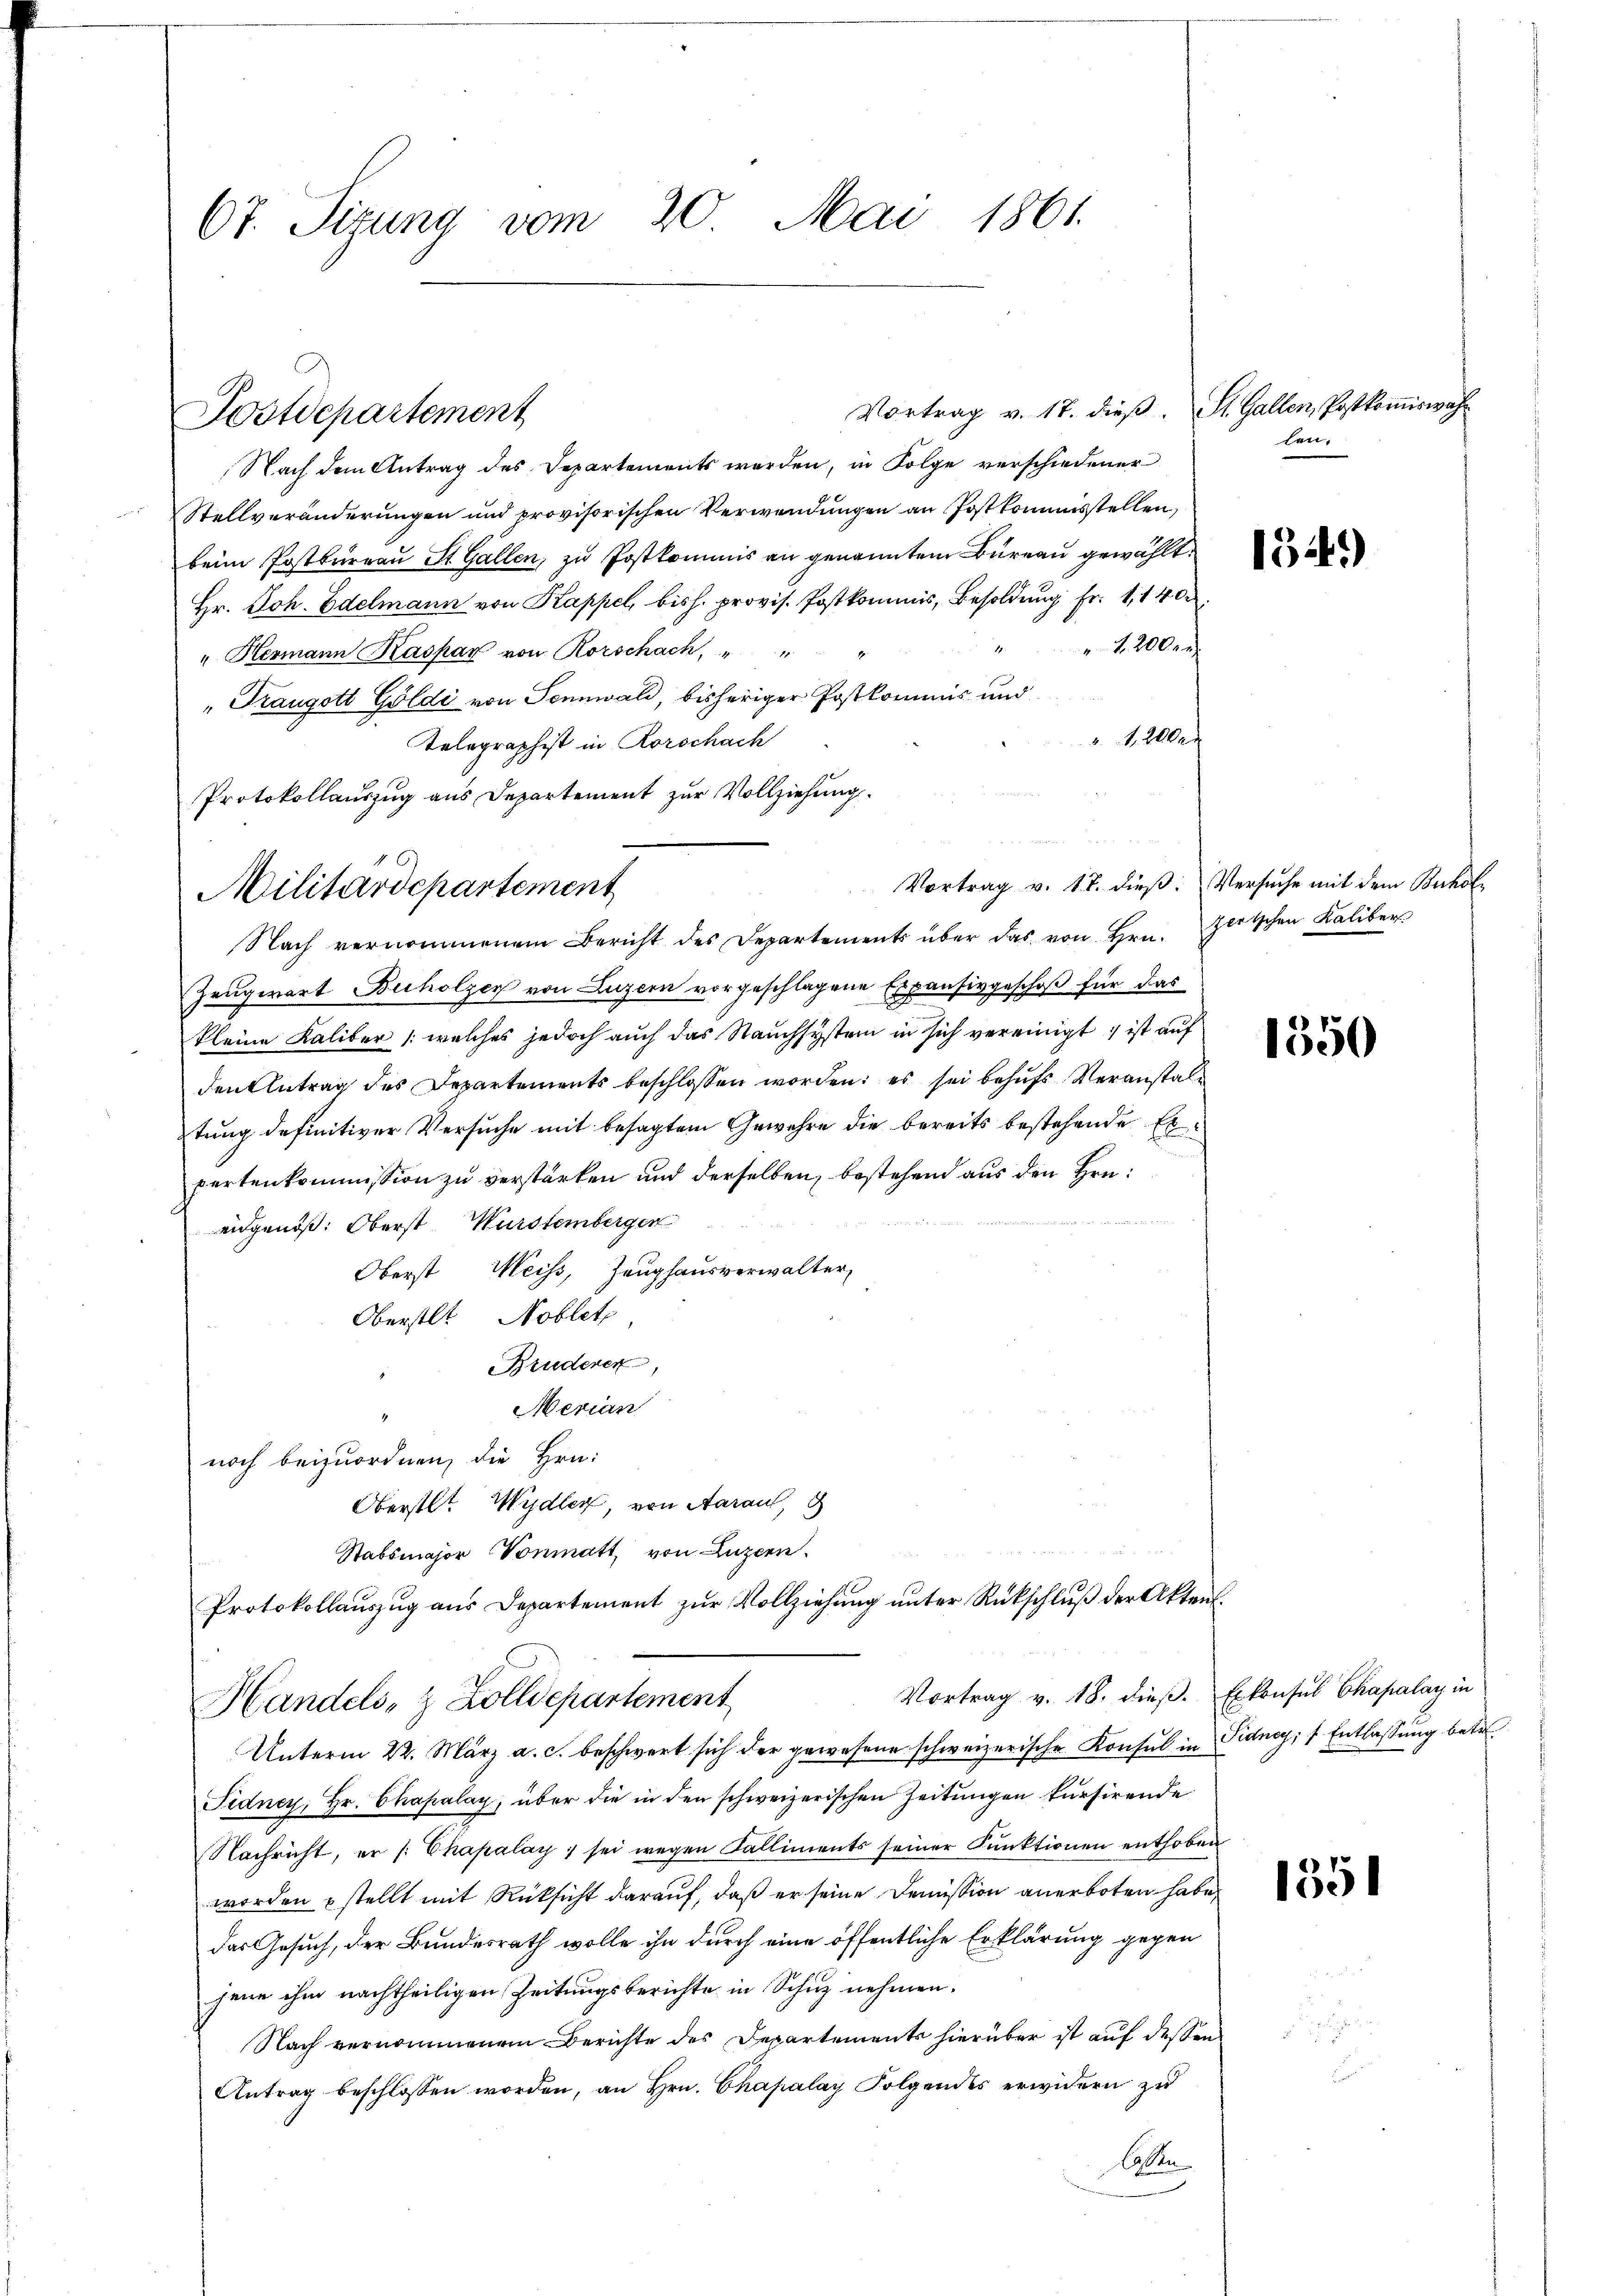
67. Sizung vom 20. Mai 1861.

Vortrag v. 17. dieß. St. Gallen, Postkommiswahr
Nach dem Antrag des Departements werden, in Folge verschiedener
Stellveränderungen und provisorischen Verwendungen an Postkommisstellen,
beim Postbureau St. Gallen, zu Postkommis an genannten Büreau gewählt.
Hr. Joh. Edelmann von Kappel, bish. provis. Postkommis, Besoldung Fr. 1, 14 0
 1200 r
" Hermann Kaspar von Rorschach, " "
" Traugott Göldi von Tennwald, bisheriger Postkommis und
 12000
Telegraphist in Rorschach
Protokollauszug aus Departement zur Vollziehung.

Postdepartement

Militärdepartement
Nach vernommenem Bericht des Departements über das von Hrn. Zeitschen Kaliber

Vortrag v. 17. dieβ. Versuche mit dem Buchol¬
Zeugwart Buholzer von Luzern vorgeschlagene Expensivgeschoß für das
kleine Kaliber (welches jedoch auch das Rauchsystem in sich vereinigt ; ist auf
den Antrag des Departements beschlossen worden; es sei behufs Veranstaltung definitiver Versuche mit besagtem Gewehre die bereits bestehende Erpertenkommission zu verstärken und derselben, bestehend aus den Hrn.
eidgenöß: Oberst Würstembergen
Oberst Meiss, Zeughausverwalter,
Oberstlt Noblet
Brudenen,
Merian
noch beizuordnen, die Hrn.
Oberstlt Wydler, von Aaraus,
Stabsmajor Vonmatt, von Luzern.
Protokollauszug aus Departement zur Vollziehung unter Rückschluß der Akten.
Vortrag v. 18. dieß.
Handels- & Zolldepartement
Unterm 22. März a. c. beschwert sich der gewesene schweizerische Konsul in Pidney, 1 Entlassung betr.
Fidney, Hr. Chapalay, über die in den schweizerischen Zeitungen kursirende
Nachricht, er /: Chapalay; sei wegen Falliments seiner Funktionen enthoben
worden u stellt mit Rücksicht darauf, daß er seine Demission anerboten habe,
das Gesuch, der Bundesrath wolle ihn durch eine öffentliche Erklärung gegen
jene ihm nachtheiligen Zeitungsberichte in Schuz nehmen.
Nach vernommenem Berichte des Departements hierüber ist auf dessen
Antrag beschlossen worden, an Hrn. Chapalay Folgendes erwidern zŭ
laben

len.

1349)

1550

Erkonsul Chapalay in

1351